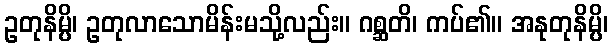
ဥတုနိမ္ပိ၊ ဥတုလာသောမိန်းမသို့လည်း။ ဂစ္ဆတိ၊ ကပ်၏။ အနုတုနိမ္ပိ၊